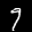
Label: 9